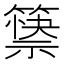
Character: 𰪘